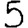
Digit: 5